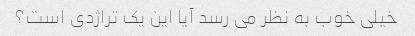
خیلی خوب به نظر می رسد آیا این یک تراژدی است؟